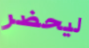
ليحضر